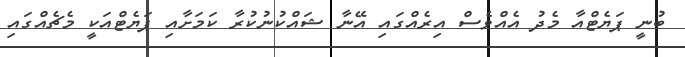
ބުނީ ޕަޔެޓްއާ މެދު އެއްވެސް އިރެއްގައި އޭނާ ޝައްކުނުކުރާ ކަމަށާއި ޕަޔެޓްއަކީ މެޗެއްގައި